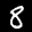
Label: 8